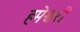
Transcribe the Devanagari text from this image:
हमेश्वरी